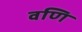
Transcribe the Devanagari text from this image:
वणि